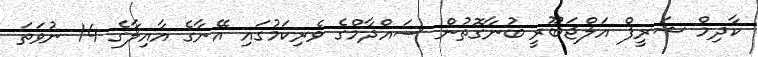
ކާދިމް ޝަރީފް އަލްޖަބޫރީ ބުނާގޮތުން ސައްދާމްގެ ވެރިކަމުގައި އޭނާގެ އާއިލާގެ 14 ނުވަތަ